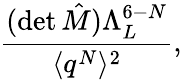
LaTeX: \frac{(\mathrm{det}\, \hat{M})\Lambda_{L}^{6-N}}{\langle q^{N}\rangle^{2}},